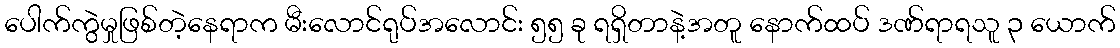
ပေါက်ကွဲမှုဖြစ်တဲ့နေရာက မီးလောင်ရုပ်အလောင်း ၅၅ ခု ရရှိတာနဲ့အတူ နောက်ထပ် ဒဏ်ရာရသူ ၃ ယောက်